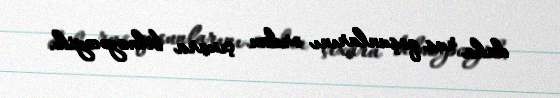
daha rus qoşunlarını ordan çıxara bilməyəcəyik.